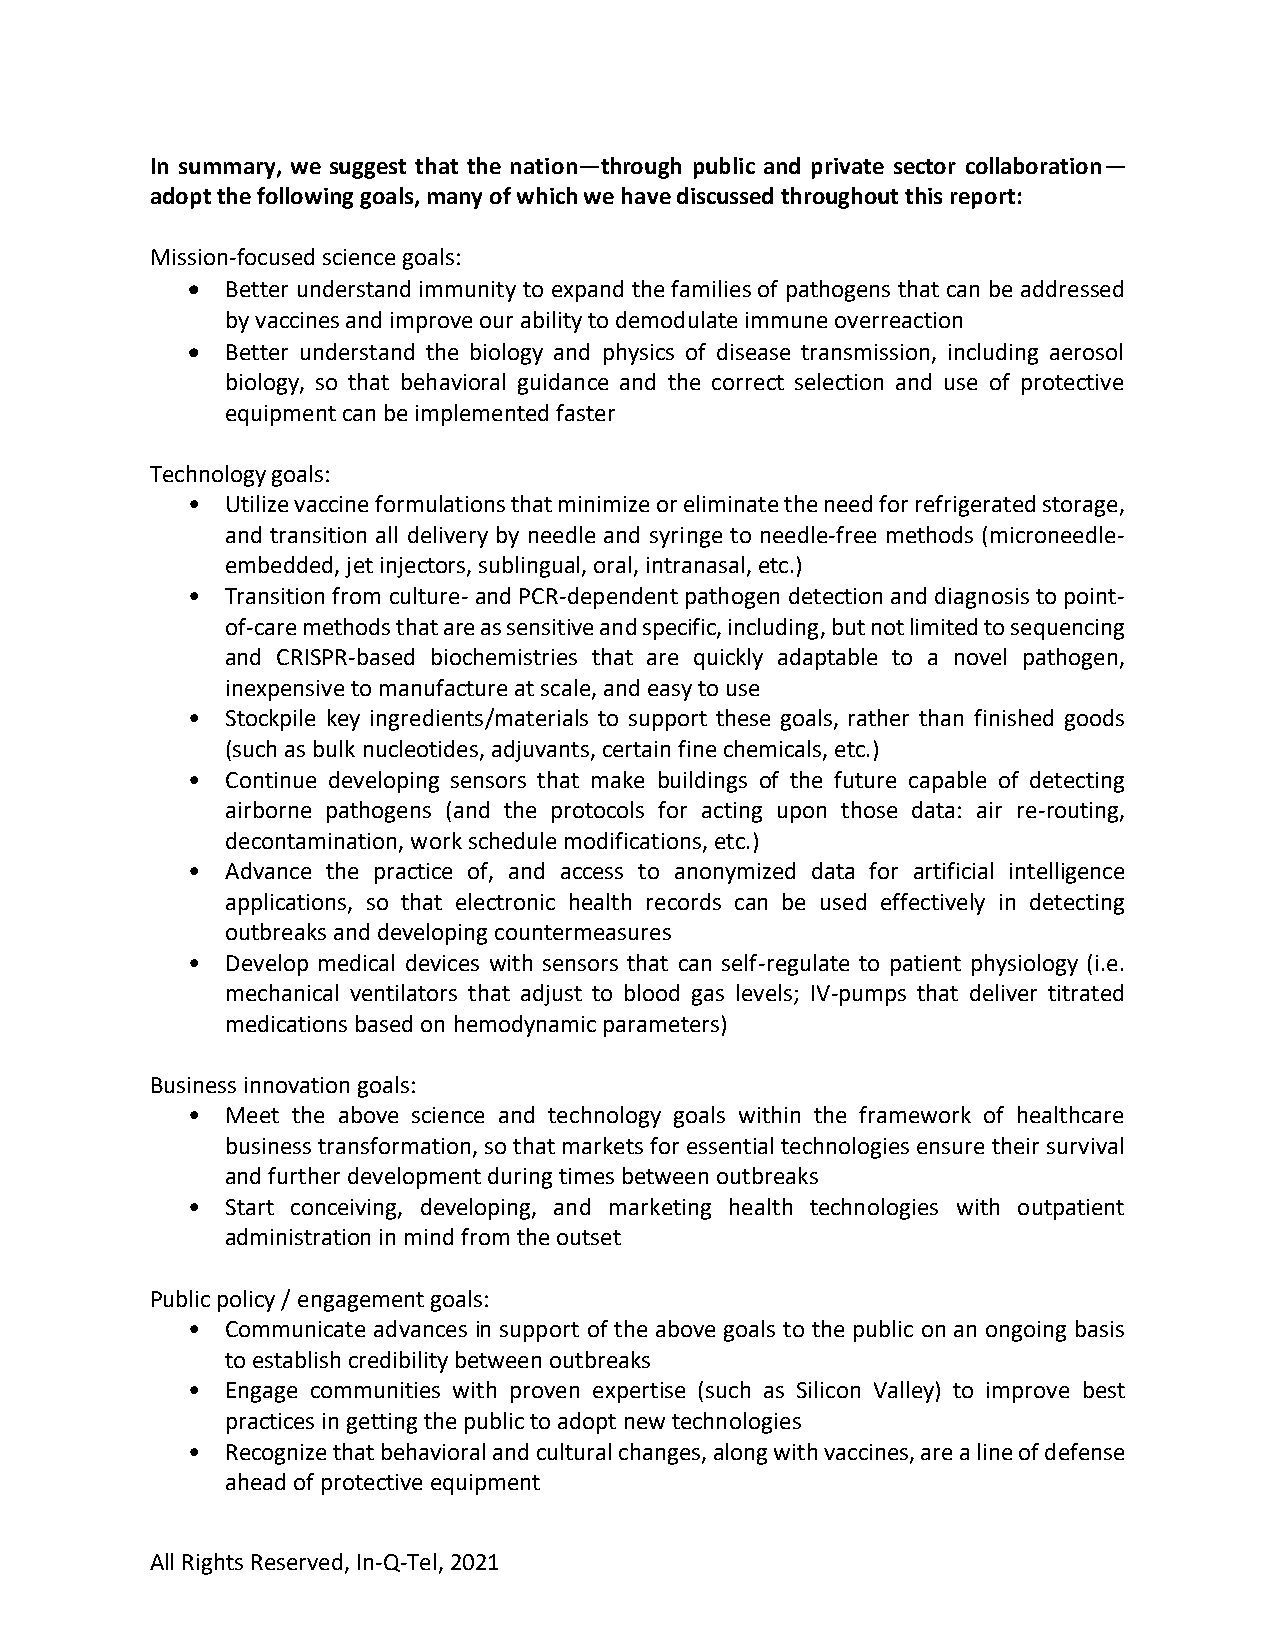
In summary, we suggest that the nation—through public and private sector collaboration—
 adopt the following goals, many of which we have discussed throughout this report:
 Mission-focused science goals:
 •  Better understand immunity to expand the families of pathogens that can be addressed
 by vaccines and improve our ability to demodulate immune overreaction
 •  Better understand the biology and physics of disease transmission, including aerosol
 biology, so that behavioral guidance and the correct selection and use of protective
 equipment can be implemented faster
 Technology goals:
 •  Utilize vaccine formulations that minimize or eliminate the need for refrigerated storage,
 and transition all delivery by needle and syringe to needle-free methods (microneedle-
 embedded, jet injectors, sublingual, oral, intranasal, etc.)
 •  Transition from culture- and PCR-dependent pathogen detection and diagnosis to point-
 of-care methods that are as sensitive and specific, including, but not limited to sequencing
 and CRISPR-based biochemistries that are quickly adaptable to a novel pathogen,
 inexpensive to manufacture at scale, and easy to use
 •  Stockpile key ingredients/materials to support these goals, rather than finished goods
 (such as bulk nucleotides, adjuvants, certain fine chemicals, etc.)
 •  Continue developing sensors that make buildings of the future capable of detecting
 airborne pathogens (and the protocols for acting upon those data: air re-routing,
 decontamination, work schedule modifications, etc.)
 •  Advance the practice of, and access to anonymized data for artificial intelligence
 applications, so that electronic health records can be used effectively in detecting
 outbreaks and developing countermeasures
 •  Develop medical devices with sensors that can self-regulate to patient physiology (i.e.
 mechanical ventilators that adjust to blood gas levels; IV-pumps that deliver titrated
 medications based on hemodynamic parameters)
 Business innovation goals:
 •  Meet the above science and technology goals within the framework of healthcare
 business transformation, so that markets for essential technologies ensure their survival
 and further development during times between outbreaks
 •  Start conceiving, developing, and marketing health technologies with outpatient
 administration in mind from the outset
 Public policy / engagement goals:
 •  Communicate advances in support of the above goals to the public on an ongoing basis
 to establish credibility between outbreaks
 •  Engage communities with proven expertise (such as Silicon Valley) to improve best
 practices in getting the public to adopt new technologies
 •  Recognize that behavioral and cultural changes, along with vaccines, are a line of defense
 ahead of protective equipment
 All Rights Reserved, In-Q-Tel, 2021